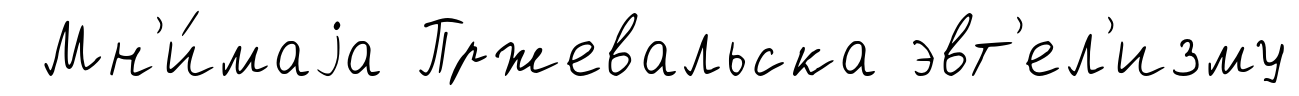
Мн'и́маjа Пржевальска эвт'ел'изму